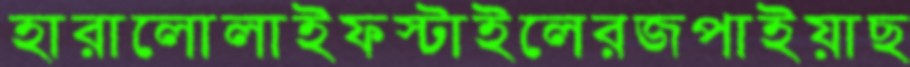
হারালোলাইফস্টাইলেরজপাইয়াছ